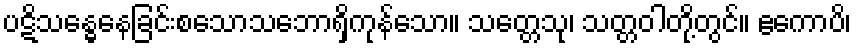
ပဋိသန္ဓေနေခြင်းစသောသဘောရှိကုန်သော။ သတ္တေသု၊ သတ္တဝါတို့တွင်။ ဧကောပိ၊